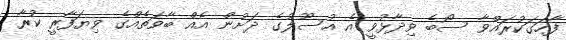
ފާހަގަކުރައްވާ ސޯބެ ވިދާޅުވީ އެ އުސޫލުގެ ދަށުން އެއް ބާވަތެއްގެ ވިޔަފާރީ ކުރާ